Civil Veterinary Dept. Bombay admin report 1893-99 - 1893-1899
Year: 1893
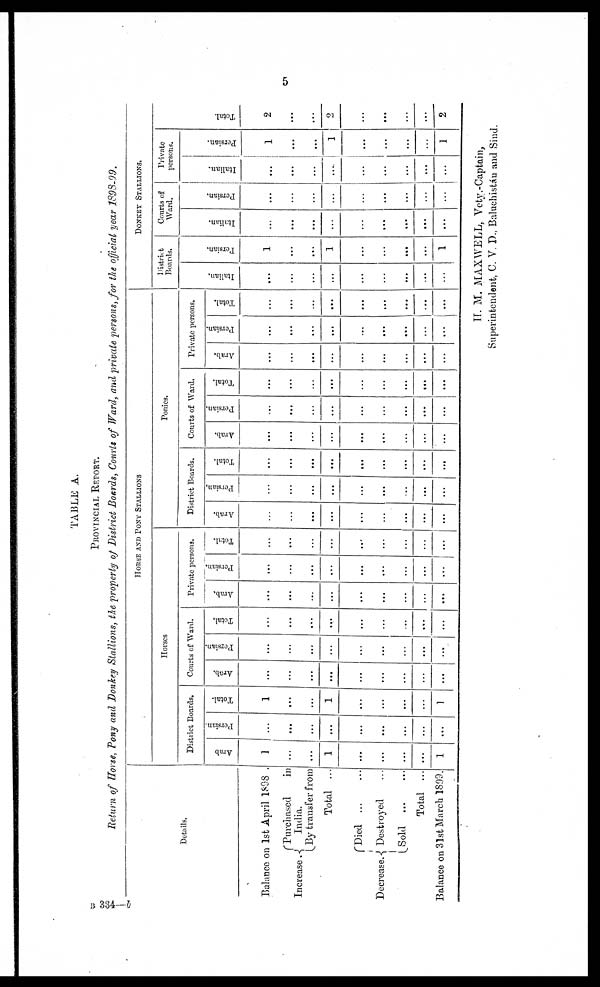
5
TABLE A.
PROVINCIAL REPORT.
Return of Horse, Pony and Donkey Stallions, the property of District Boards, Courts of Ward, and private persons, for the official year 1898-99.
Details.
Balance on 1st April 1898.
Increase.
Purchased
in
India.
By transfer from
Total ...
Decrease.
Died
...
...
Destroyed ...
Sold
...
...
Total ...
Balance on 31st March 1899.
HORSE AND PONY STALLIONS
Horses
District Boards.
Arab
1
...
...
1
...
...
...
...
1
Persian.
...
...
...
...
...
...
...
...
...
Total.
1
...
...
1
...
...
...
...
1
Courts of Ward.
Arab.
...
...
...
...
...
...
...
...
...
Persian.
...
...
...
...
...
...
...
...
...
Total.
...
...
...
...
...
...
...
...
...
Private persons.
Arab.
...
...
...
...
...
...
...
...
...
Persian.
...
...
...
...
...
...
...
...
...
Total.
...
...
...
...
...
...
...
...
...
Ponies.
District Boards.
Arab.
...
...
...
...
...
...
...
...
...
Persian,
...
...
...
...
...
...
...
...
...
Total.
...
...
...
...
...
...
...
...
...
Courts of Ward.
Arab.
...
...
...
...
...
...
...
...
...
Persian.
...
...
...
...
...
...
...
...
...
Total.
...
...
...
...
...
...
...
...
...
Private persons.
Arab.
...
...
...
...
...
...
...
...
...
Persian.
...
...
...
...
...
...
...
...
...
Total.
...
...
...
...
...
...
...
...
...
DONKEY STALLIONS.
District
Boards.
I t al i an.
...
...
...
...
...
...
...
...
...
Per s i
an.
1
...
...
1
...
...
...
...
1
Courts of
Ward.
I t al i an.
...
...
...
...
...
...
...
...
...
Per s i
an.
...
...
...
...
...
...
...
...
...
Private
persons.
I t al i an.
...
...
...
....
...
...
...
...
...
Per s i
an.
1
...
...
1
...
...
...
...
1
Tot al .
2
....
...
2
...
...
...
...
2
H. M. MAXWELL, Vety-Captain,
Superintendent, C. V. D., Baluchistán and Sind.
B 334—b